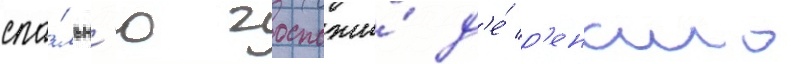
спа́льн'ю госпожи́ д'е́ р'еналь